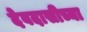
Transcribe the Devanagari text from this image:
देवदासीच्या